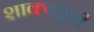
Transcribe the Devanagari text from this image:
शाक्यमुनी